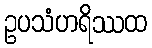
ဥပသံဟရိဿထ